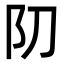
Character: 𨸓